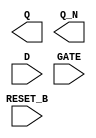
module sky130_fd_sc_hd__dlrbp (
    Q      ,
    Q_N    ,
    RESET_B,
    D      ,
    GATE
);

    output Q      ;
    output Q_N    ;
    input  RESET_B;
    input  D      ;
    input  GATE   ;

    // Voltage supply signals
    supply1 VPWR;
    supply0 VGND;
    supply1 VPB ;
    supply0 VNB ;

endmodule